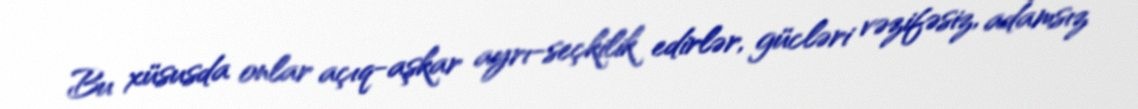
Bu xüsusda onlar açıq-aşkar ayrı-seçkilik edirlər, gücləri vəzifəsiz, adamsız